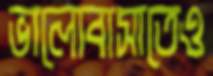
ভালোবাসাতেও